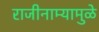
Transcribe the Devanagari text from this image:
राजीनाम्यामुळे